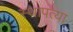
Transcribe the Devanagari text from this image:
स्थापत्या